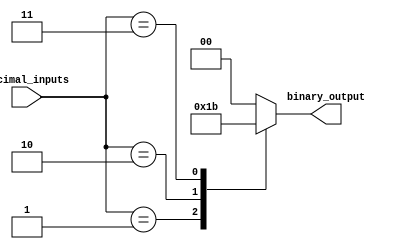
module decimal_priority_encoder (
    input [3:0] decimal_inputs,
    output reg [1:0] binary_output
);

always @* begin
    case(decimal_inputs)
        4'b0000: binary_output = 2'b00; // Decimal input 0
        4'b0001: binary_output = 2'b01; // Decimal input 1
        4'b0010: binary_output = 2'b10; // Decimal input 2
        4'b0011: binary_output = 2'b11; // Decimal input 3
        // Add more cases as needed for additional decimal inputs
        default: binary_output = 2'b00; // Default output
    endcase
end

endmodule